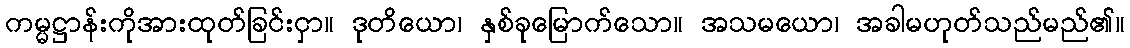
ကမ္မဋ္ဌာန်းကိုအားထုတ်ခြင်းငှာ။ ဒုတိယော၊ နှစ်ခုမြောက်သော။ အသမယော၊ အခါမဟုတ်သည်မည်၏။